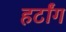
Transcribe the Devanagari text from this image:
हर्टांग